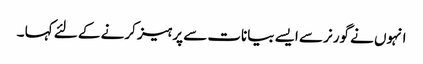
انہوں نے گورنر سے ایسے بیانات سے پرہیز کرنے کے لئے کہا ۔